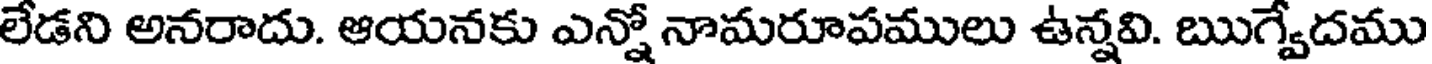
లేడని అనరాదు. ఆయనకు ఎన్నో నామరూపములు ఉన్నవి. ఋగ్వేదము